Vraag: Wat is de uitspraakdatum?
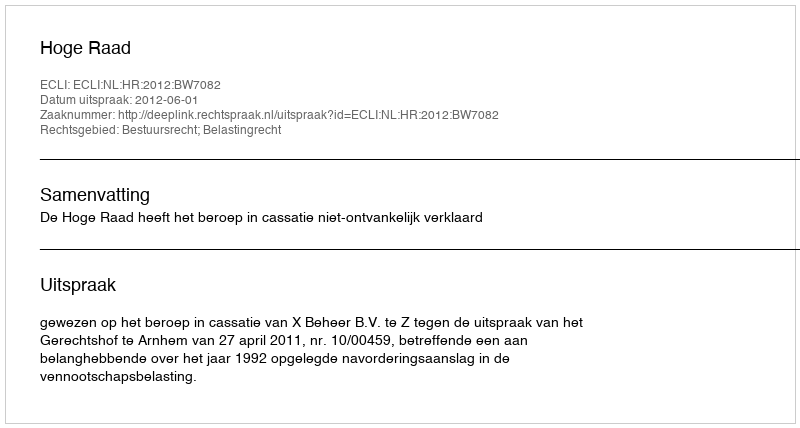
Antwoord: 2012-06-01